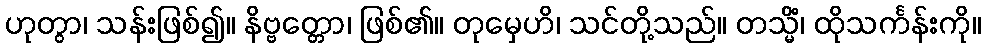
ဟုတွာ၊ သန်းဖြစ်၍။ နိဗ္ဗတ္တော၊ ဖြစ်၏။ တုမှေဟိ၊ သင်တို့သည်။ တသ္မိံ၊ ထိုသင်္ကန်းကို။